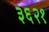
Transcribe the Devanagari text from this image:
३६२१